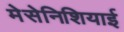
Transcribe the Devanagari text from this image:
मेसेनिशियाई